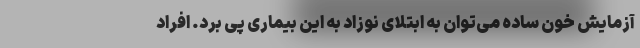
آزمایش خون ساده می‌توان به ابتلای نوزاد به این بیماری پی برد. افراد